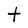
Character: t